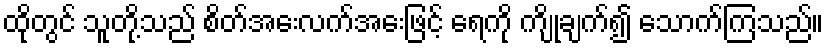
ထိုတွင် သူတို့သည် စိတ်အေးလက်အေးဖြင့် ရေကို ကျိုချက်၍ သောက်ကြသည်။